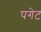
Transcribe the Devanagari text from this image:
पगेट